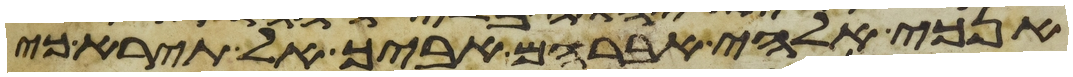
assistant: אנכי אלהי אברהם אביך אל תירא כי